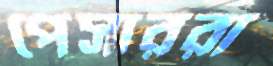
পেসাররা